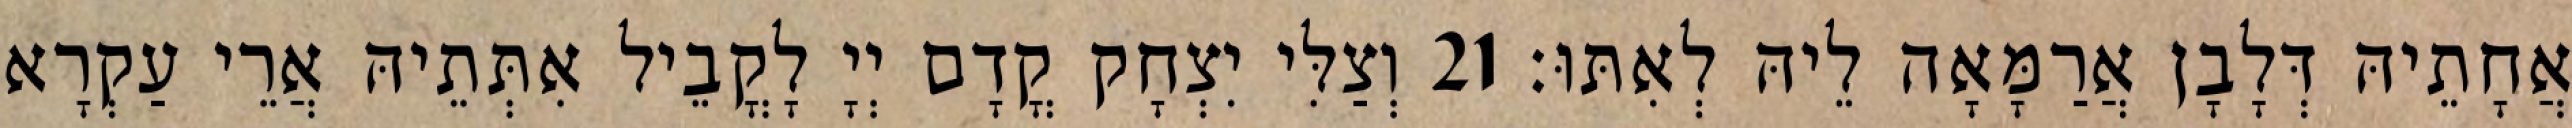
אֲחָתֵיהּ דְּלָבָן אֲרַמָּאָה לֵיהּ לְאִתּוּ׃ 21 וְצַלִּי יִצְחָק קֳדָם יְיָ לָקֳבֵיל אִתְּתֵיהּ אֲרֵי עַקְרָא